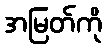
အမြတ်ကို